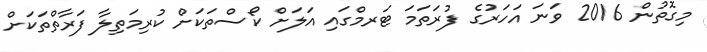
މިގޮތުން 2016 ވަނަ އަހަރުގެ ފުރަތަމަ ޓަރމްގައި އަލަށް ކޯސްތަކަށް ކުރިމަތިލާ ފަރާތްތަކަށް